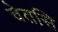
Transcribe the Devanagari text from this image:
चेतसि